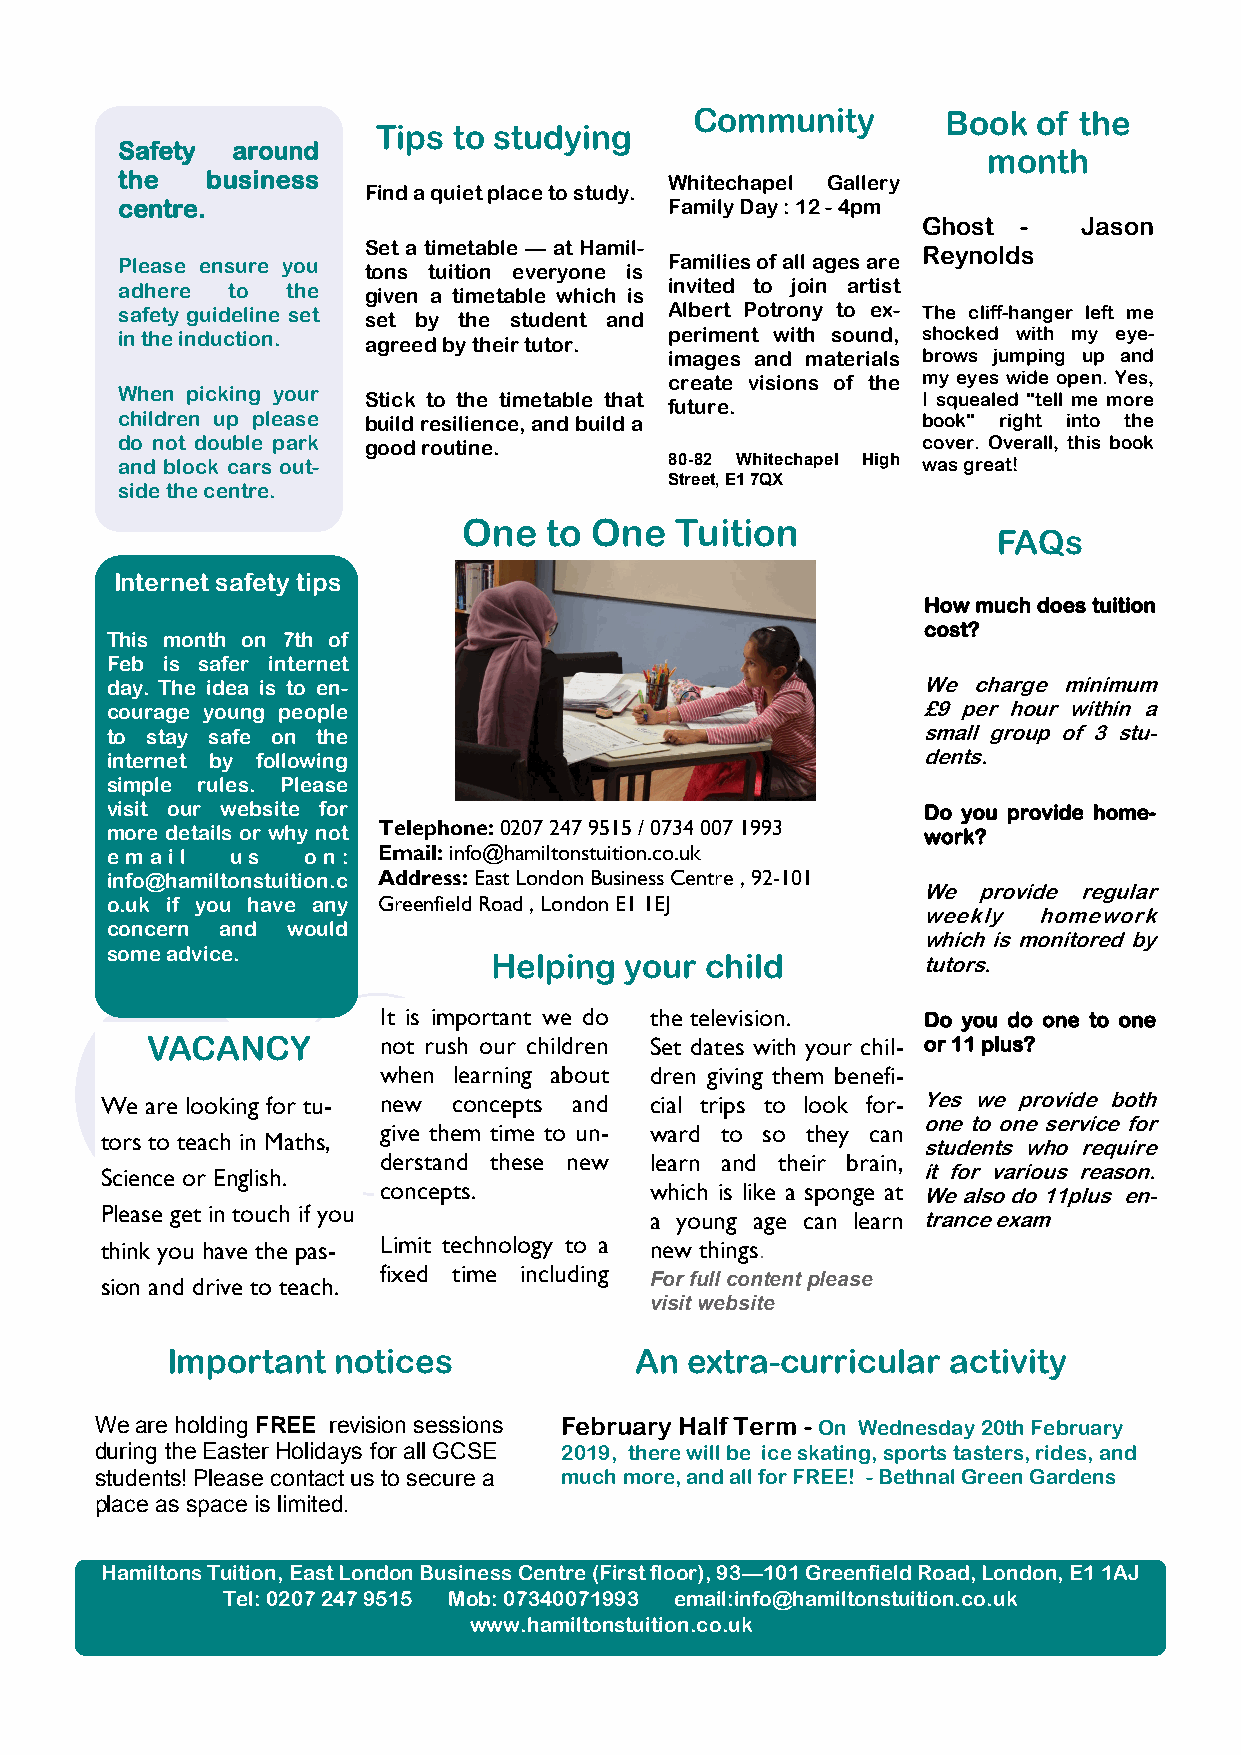
Community        Book  of the
 Tips to studying
 Safety around
 month
 the   business                      Whitechapel Gallery
 Find a quiet place to study.
 centre.                             Family Day : 12 - 4pm
 Ghost  -   Jason
 Set a timetable — at Hamil-          Reynolds
 Please ensure you tons tuition everyone is Families of all ages are
 adhere to  the  given a timetable which is invited to join artist
 safety guideline set set by the student and Albert Potrony to ex- The cliff-hanger left me
 in the induction. agreed by their tutor. periment with sound, shocked with my eye-
 images and materials brows jumping up and
 create visions of the my eyes wide open. Yes,
 When picking your Stick to the timetable that        I squealed "tell me more
 future.
 children up please build resilience, and build a     book" right into the
 do not double park good routine.                     cover. Overall, this book
 and block cars out-                 80-82 Whitechapel High was great!
 Street, E1 7QX
 side the centre.
 One  to One   Tuition
 FAQs
 Internet safety tips
 How much does tuition
 cost?
 This month on 7th of
 Feb is safer internet
 day. The idea is to en-                               We charge minimum
 courage young people                                  £9 per hour within a
 to stay safe on the                                   small group of 3 stu-
 internet by following                                 dents.
 simple rules. Please
 visit our website for                                 Do you provide home-
 more details or why not Telephone: 0207 247 9515 / 0734 007 1993 work?
 email   us   on:  Email: info@hamiltonstuition.co.uk
 info@hamiltonstuition.c Address: East London Business Centre , 92-101
 We  provide regular
 o.uk if you have any Greenfield Road , London E1 1EJ
 weekly  homework
 concern and would
 which is monitored by
 some advice.
 Helping your  child         tutors.
 It is important we do the television. Do you do one to one
 VACANCY        not rush our children Set dates with your chil- or 11 plus?
 when learning about dren giving them benefi-
 We are looking for tu- new concepts and cial trips to look for- Yes we provide both
 one to one service for
 give them time to un- ward to so they can
 tors to teach in Maths,
 students who require
 derstand these new learn and their brain,
 Science or English.                                   it for various reason.
 concepts.         which is like a sponge at We also do 11plus en-
 Please get in touch if you
 a young age can learn trance exam
 think you have the pas- Limit technology to a new things.
 sion and drive to teach.
 fixed time including
 For full content please
 visit website
 Important  notices             An extra-curricular  activity
 We are holding FREE revision sessions February Half Term - On Wednesday 20th February
 during the Easter Holidays for all GCSE 2019, there will be ice skating, sports tasters, rides, and
 students! Please contact us to secure a much more, and all for FREE! - Bethnal Green Gardens
 place as space is limited.
 Hamiltons Tuition, East London Business Centre (First floor), 93—101 Greenfield Road, London, E1 1AJ
 Tel: 0207 247 9515 Mob: 07340071993 email:info@hamiltonstuition.co.uk
 www.hamiltonstuition.co.uk